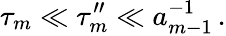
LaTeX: \tau_{m}\ll\tau_{m}^{\prime\prime}\ll a_{m-1}^{-1}\, .